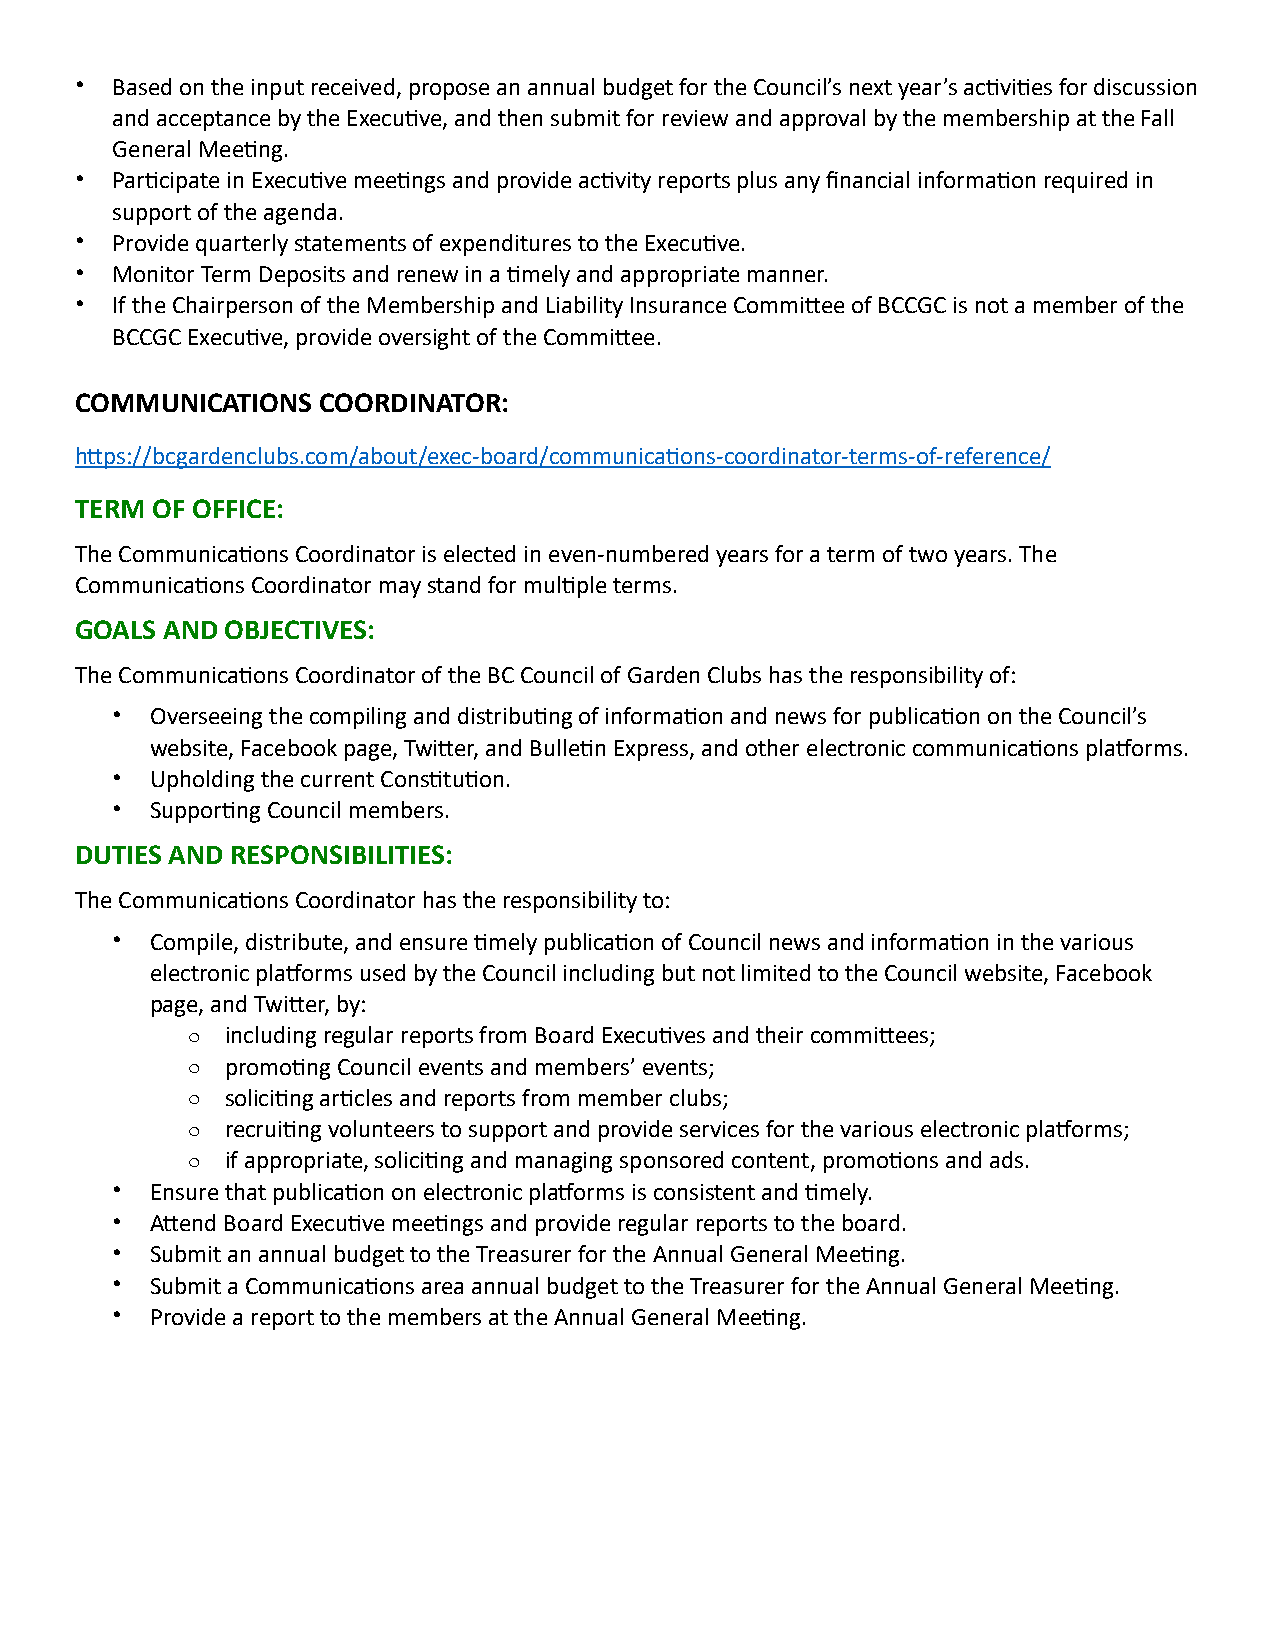
• Based on the input received, propose an annual budget for the Council’s next year’s acDviDes for discussion
 and acceptance by the ExecuDve, and then submit for review and approval by the membership at the Fall
 General MeeDng.
 • ParDcipate in ExecuDve meeDngs and provide acDvity reports plus any financial informaDon required in
 support of the agenda.
 • Provide quarterly statements of expenditures to the ExecuDve.
 • Monitor Term Deposits and renew in a Dmely and appropriate manner.
 • If the Chairperson of the Membership and Liability Insurance CommiTee of BCCGC is not a member of the
 BCCGC ExecuDve, provide oversight of the CommiTee.
 COMMUNICATIONS  COORDINATOR:
 hTps://bcgardenclubs.com/about/exec-board/communicaDons-coordinator-terms-of-reference/
 TERM OF OFFICE:
 The CommunicaDons Coordinator is elected in even-numbered years for a term of two years. The
 CommunicaDons Coordinator may stand for mulDple terms.
 GOALS AND OBJECTIVES:
 The CommunicaDons Coordinator of the BC Council of Garden Clubs has the responsibility of:
 •  Overseeing the compiling and distribuDng of informaDon and news for publicaDon on the Council’s
 website, Facebook page, TwiTer, and BulleDn Express, and other electronic communicaDons pla[orms.
 •  Upholding the current ConsDtuDon.
 •  SupporDng Council members.
 DUTIES AND RESPONSIBILITIES:
 The CommunicaDons Coordinator has the responsibility to:
 •  Compile, distribute, and ensure Dmely publicaDon of Council news and informaDon in the various
 electronic pla[orms used by the Council including but not limited to the Council website, Facebook
 page, and TwiTer, by:
 o  including regular reports from Board ExecuDves and their commiTees;
 o  promoDng Council events and members’ events;
 o  soliciDng arDcles and reports from member clubs;
 o  recruiDng volunteers to support and provide services for the various electronic pla[orms;
 o  if appropriate, soliciDng and managing sponsored content, promoDons and ads.
 •  Ensure that publicaDon on electronic pla[orms is consistent and Dmely.
 •  ATend Board ExecuDve meeDngs and provide regular reports to the board.
 •  Submit an annual budget to the Treasurer for the Annual General MeeDng.
 •  Submit a CommunicaDons area annual budget to the Treasurer for the Annual General MeeDng.
 •  Provide a report to the members at the Annual General MeeDng.